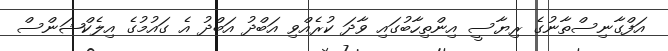
އަފްގާނިސްތާނުގެ ރިޔާސީ އިންތިހާބުގައި ވާދަ ކުރެއްވި އަބްދު އަބްދު އެ ގައުމުގެ އިލެކްޝަންސް